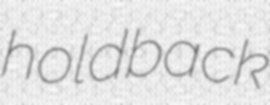
holdback